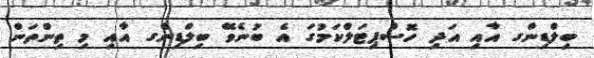
ބިލްޑިންގ އާއި އަދި ހޮސްޕިޓަލްކަމުގަ އެ ބުނެވޭ ބިލްޑިންގ އާއި މި ތިންތަން